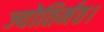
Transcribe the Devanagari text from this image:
ज्योतिर्मठ।